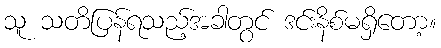
သူ သတိပြန်ရသည့်အခါတွင် ဒင်းနိစ်မရှိတော့။